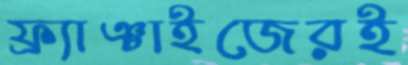
ফ্র্যাঞ্চাইজেরই